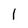
Character: l